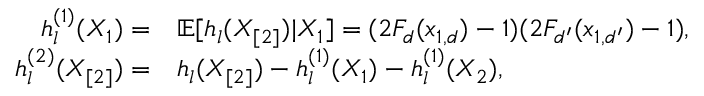
\begin{array} { r l } { h _ { l } ^ { ( 1 ) } ( X _ { 1 } ) = } & { \mathbb { E } [ h _ { l } ( X _ { [ 2 ] } ) | X _ { 1 } ] = ( 2 F _ { d } ( x _ { 1 , d } ) - 1 ) ( 2 F _ { d ^ { \prime } } ( x _ { 1 , d ^ { \prime } } ) - 1 ) , } \\ { h _ { l } ^ { ( 2 ) } ( X _ { [ 2 ] } ) = } & { h _ { l } ( X _ { [ 2 ] } ) - h _ { l } ^ { ( 1 ) } ( X _ { 1 } ) - h _ { l } ^ { ( 1 ) } ( X _ { 2 } ) , } \end{array}